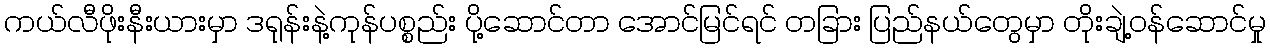
ကယ်လီဖိုးနီးယားမှာ ဒရုန်းနဲ့ကုန်ပစ္စည်း ပို့ဆောင်တာ အောင်မြင်ရင် တခြား ပြည်နယ်တွေမှာ တိုးချဲ့ဝန်ဆောင်မှု